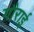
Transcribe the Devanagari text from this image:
गौराई